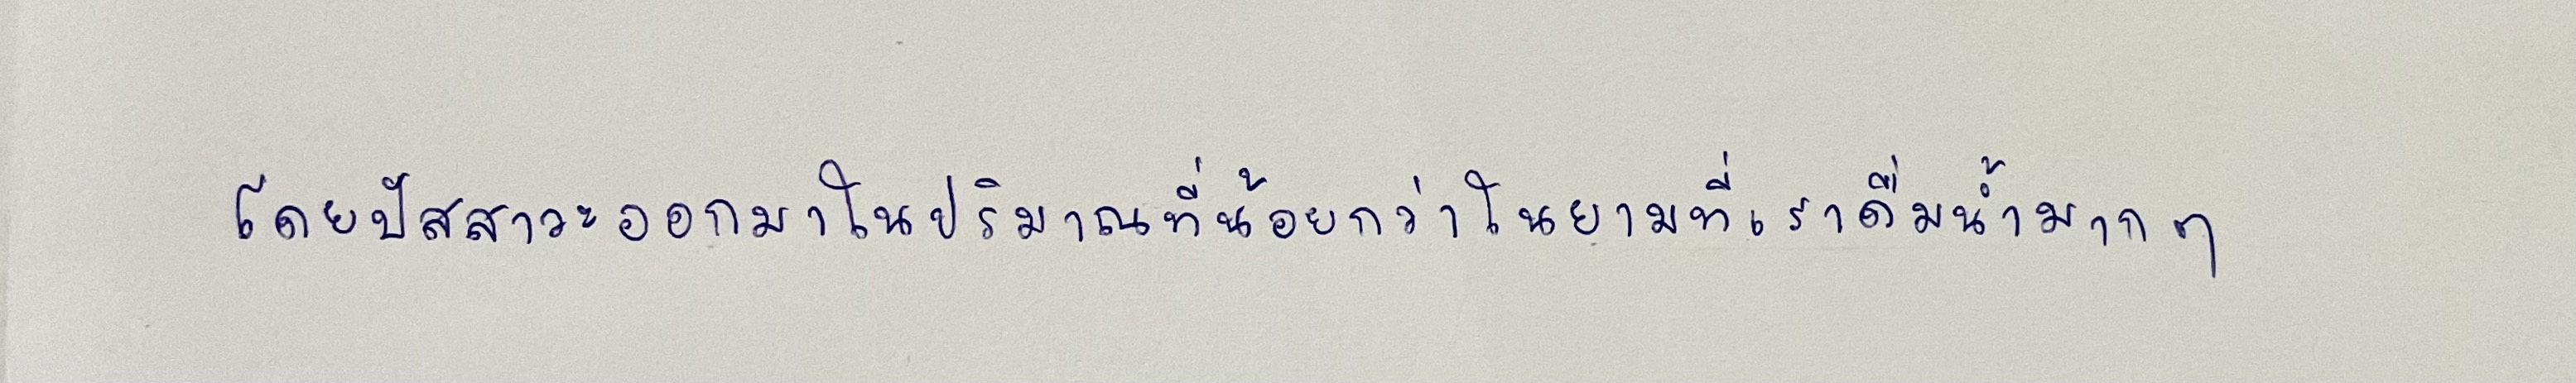
โดยปัสสาวะออกมาในปริมาณที่น้อยกว่าในยามที่เราดื่มน้ำมากๆ